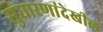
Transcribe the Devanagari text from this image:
सुधारणांदेखील